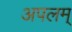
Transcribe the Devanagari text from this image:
अपलम्